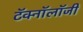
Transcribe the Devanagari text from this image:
टॅक्नॉलॉजी